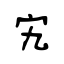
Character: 宄